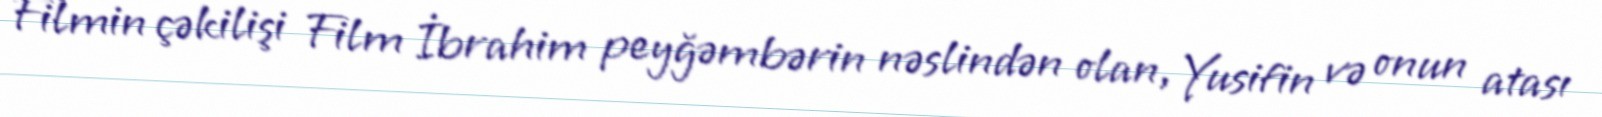
Filmin çəkilişi Film İbrahim peyğəmbərin nəslindən olan, Yusifin və onun atası